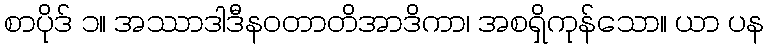
စာပိုဒ် ၁။ အဿာဒါဒီနဝတာတိအာဒိကာ၊ အစရှိကုန်သော။ ယာ ပန